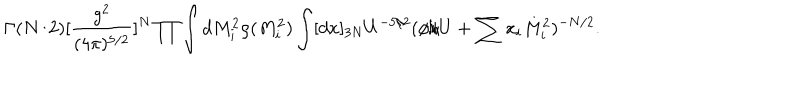
\Gamma ( N / 2 ) [ \frac { g ^ { 2 } } { ( 4 \pi ) ^ { 5 / 2 } } ] ^ { N } \prod \int d M _ { i } ^ { 2 } \rho ( M _ { i } ^ { 2 } ) \int [ d x ] _ { 3 N } U ^ { - 5 / 2 } ( \phi / U + \sum x _ { i } M _ { i } ^ { 2 } ) ^ { - N / 2 } .